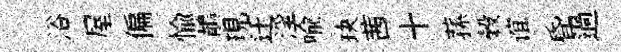
浴屋偏愉鶺現迁淫喩玦茜十蓀穀谊昏過